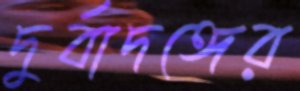
দুর্বাদঙ্গের